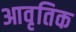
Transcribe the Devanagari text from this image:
आवृतिक